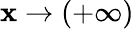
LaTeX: \mathbf{x}\to(+\infty)